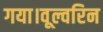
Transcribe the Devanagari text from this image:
गया।वूल्वरिन